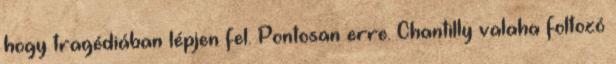
hogy tragédiában lépjen fel. Pontosan erre. Chantilly valaha foltozó